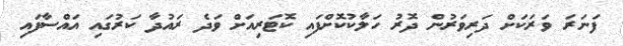
ފަނަަރަ ވަރަކަށް ދަރިވަރުން ދޮރު ހަލާކުކޮށްފައި ކޮޓަރިއަށް ވަދެ ރައުދާ ކަރުގައި އައްސާފައި